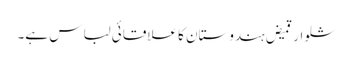
شلوار قمیض ہندوستان کا علاقائی لباس ہے۔